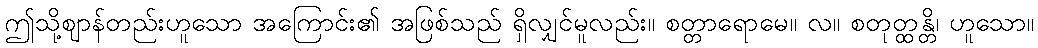
ဤသို့ဈာန်တည်းဟူသော အကြောင်း၏ အဖြစ်သည် ရှိလျှင်မူလည်း။ စတ္တာရောမေ။ လ။ စတုတ္ထန္တိ၊ ဟူသော။